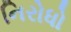
નિરોધો